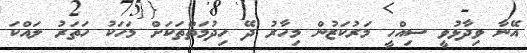
އޭނާ ވިދާޅުވީ ސިއްހީ މަރުކަޒުން މިހާރު ދޭ ހިދުމަތްތަކަށް މަހަކު ހަތަރު ލައްކަ